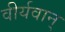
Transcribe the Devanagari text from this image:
वीर्यवान्‌